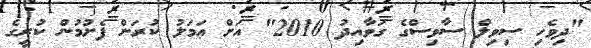
"ދިވެހި ސިވިލް ސާވިސްގެ ގަވާއިދު 2010" އަށް ޢަމަލު ކުރަން ފެށުމުން ކުރީގެ